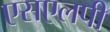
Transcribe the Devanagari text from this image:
एसएलपी